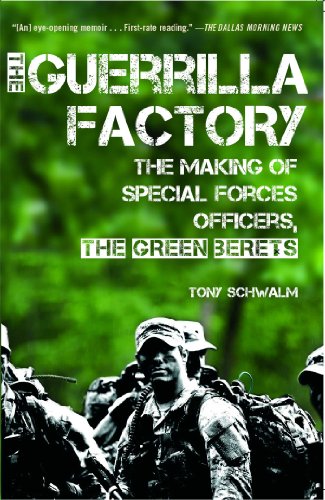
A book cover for The Guerrilla Factory: The Making of Special Forces Officers, the Green Berets; Tony Schwalm; History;